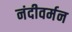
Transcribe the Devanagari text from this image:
नंदीवर्मन